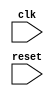
module timing_control_block (
    input wire clk,
    input wire reset,
    // Add any other input signals
    
    // Add any output signals
);

    // Add any internal signals and registers
    
    // Add timing parameter calculations
    
    // Add clock signal generation logic
    
    // Add any other necessary logic
    
endmodule